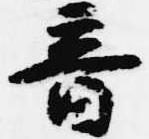
音